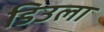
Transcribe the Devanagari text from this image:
डिउला